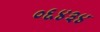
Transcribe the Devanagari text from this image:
०६४३४